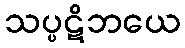
သပ္ပဋိဘယေ